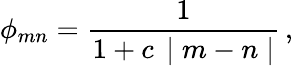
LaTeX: \phi_{mn}=\frac{1}{1+c\, \mid m-n\mid}\, ,